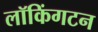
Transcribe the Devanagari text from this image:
लॉकिंगटन